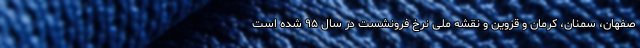
صفهان، سمنان، کرمان و قزوین و نقشه ملی نرخ فرونشست در سال ۹۵ شده است